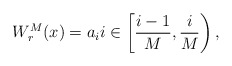
\begin{align*} W_r^M(x) = a_i i \in \left[\frac{i-1}M,\frac iM\right),\end{align*}